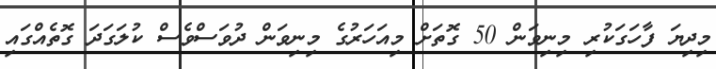
މިދިޔަ ފާހަގަކުރި މިނިވަން 50 ގޮތަށް މިއަހަރުގެ މިނިވަން ދުވަސްވެސް ކުލަގަދަ ގޮތެއްގައި